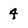
Character: 4